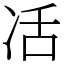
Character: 㓉